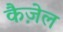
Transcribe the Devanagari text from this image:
कैज़ेल